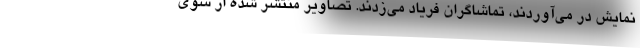
نمایش در می‌آوردند، تماشاگران فریاد می‌زدند. تصاویر منتشر شده از سوی